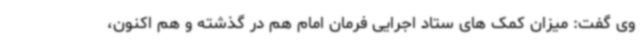
وی گفت: میزان کمک های ستاد اجرایی فرمان امام هم در گذشته و هم اکنون،